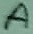
Text: A